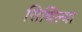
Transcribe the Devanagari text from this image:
सिथिल्या